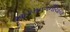
આગમનગનીચાચા